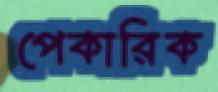
পেকারিক